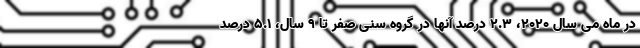
در ماه می سال ۲۰۲۰، ۲.۳ درصد آنها در گروه سنی صفر تا ۹ سال، ۵.۱ درصد